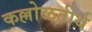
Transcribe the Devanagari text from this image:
कल्लोळतीर्थ